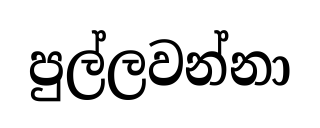
පුල්ලවන්නා